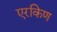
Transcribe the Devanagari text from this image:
एरकिण